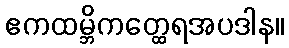
ဧကထမ္ဘိကတ္ထေရအပဒါန။